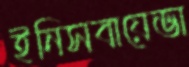
ইনিসবায়েভা